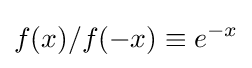
f(x)/f(-x)\equiv e^{-x}